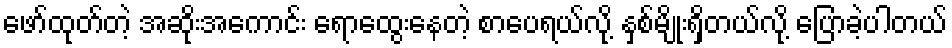
ဖော်ထုတ်တဲ့ အဆိုးအကောင်း ရောထွေးနေတဲ့ စာပေရယ်လို့ နှစ်မျိုးရှိတယ်လို့ ပြောခဲ့ပါတယ်